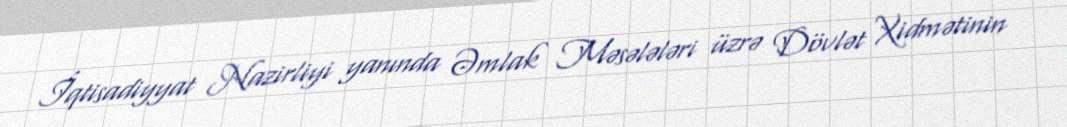
İqtisadiyyat Nazirliyi yanında Əmlak Məsələləri üzrə Dövlət Xidmətinin